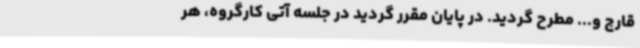
قارچ و... مطرح گردید. در پایان مقرر گردید در جلسه آتی کارگروه، هر